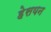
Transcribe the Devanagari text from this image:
हेसयन